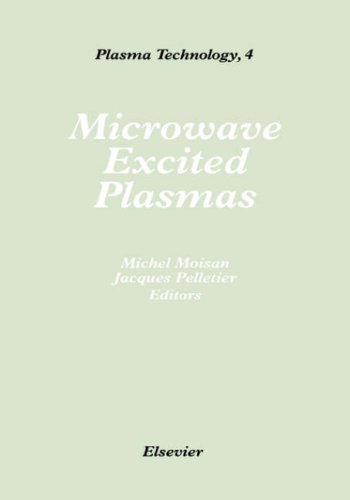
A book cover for Microwave Excited Plasmas, Volume 4 (Plasma Technology); Science & Math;